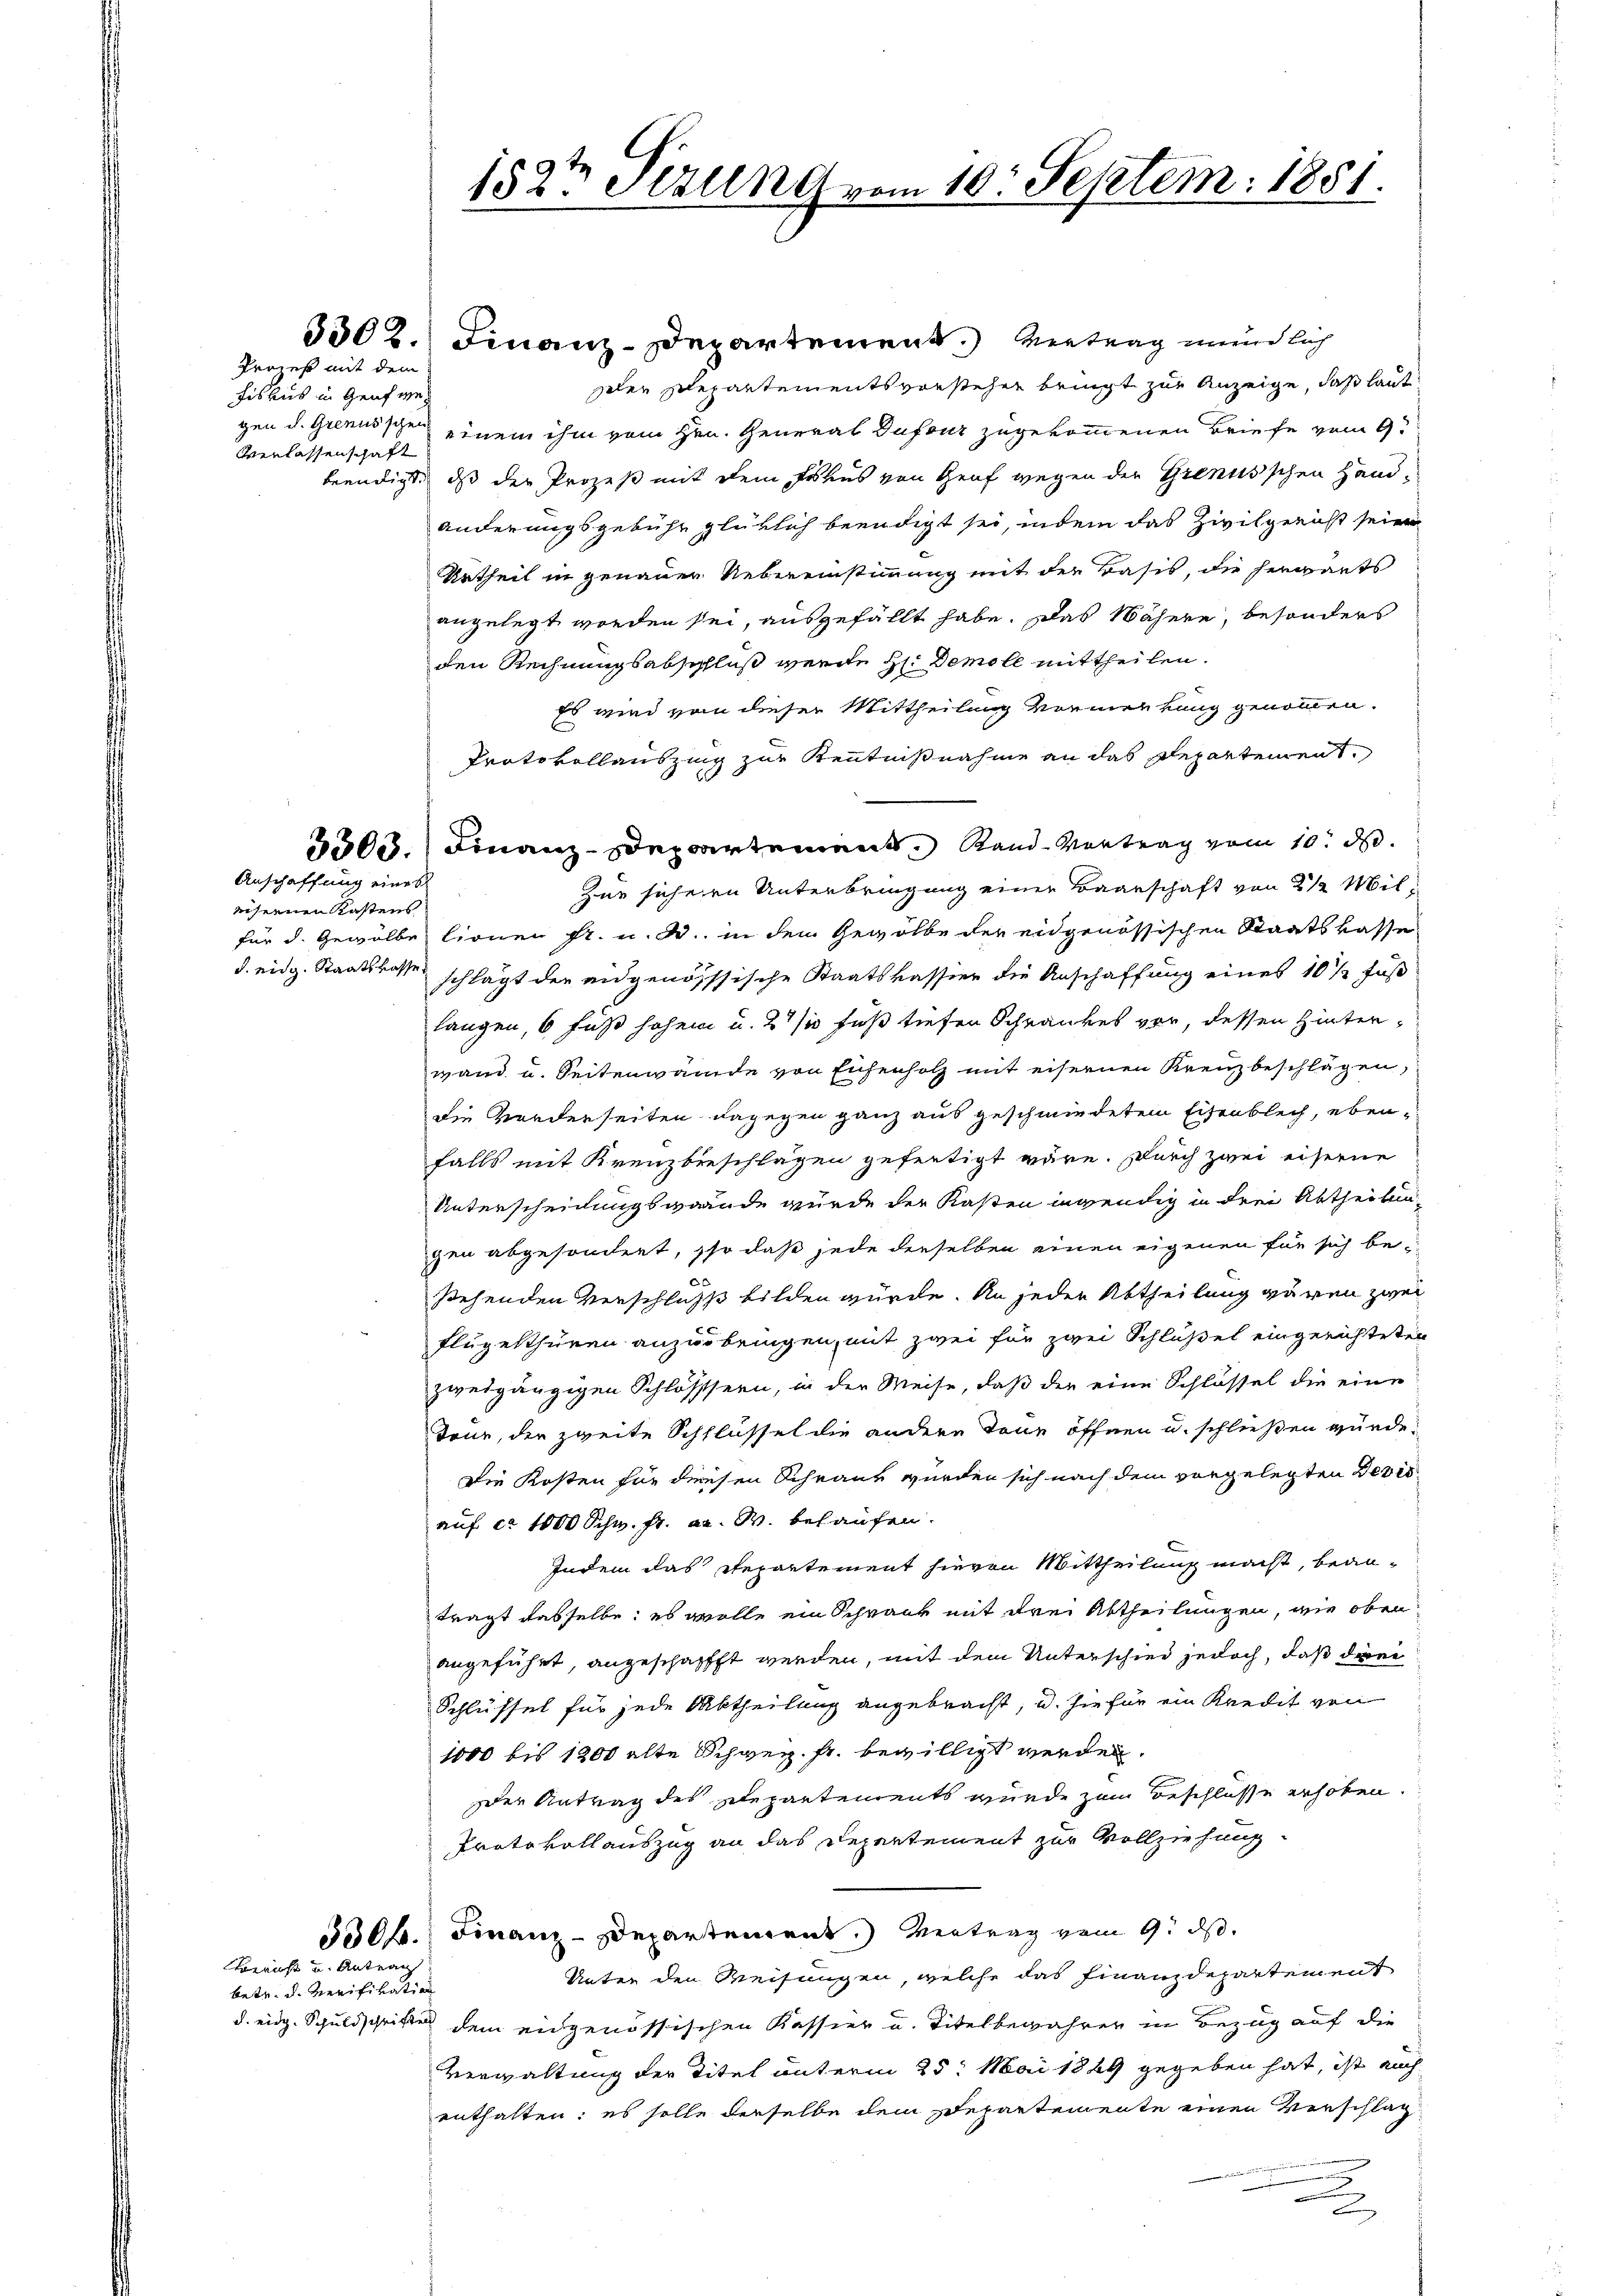
Proieß mit dem
Fiskus in Genf we¬
Verlassenschaft

Anschaffung eines
eisernen Kastens

3302. Finanz-Departement.) Vertrag mündlich
seler pilepartementsvorsteher bringt zur Anzeige, daß laut
gen d. Grenusschen einem ihm vom Hrn. General Dufour zugekommenen Briefe vom 9.
beendigt, dass der Prozeß mit dem Fraus von Graf wegen der Grenusschen Handänderungsgebühr glüklich beendigt sei, indem das Zivilgericht seien
Urtheil in genauen Uebereinstimmung mit der Basis, die herwärts
angelegt worden sei, ausgefällt habe. Das Nähere, besonders
den Rechnungsabschluß werde H. Demole mittheilen.
Es wird von dieser Mittheilung vormerkung genommen.
Protokollauszing zur Kenntnißnahme an das Repartement,
5500. Finanz-Departement, Rand-Vortrag vom 10. d.
Zur sicheren Unterbringung einer Baarschaft von 2 1/2 Milfür d. Gewölbe lionen Fr. u. dr. in dem Gewölbe der eidgenössischen Staatskasse
d. eidg. Staatskasse schlägt der eidgenössische Staatskassier die Anschaffung eines 10 1/2 Fuß
langen, 6 Fuß hohem u. 21 Fuß tiefen Schrankes vor, dessen Hinterwand u. Seitenwande von Eisenholz mit eisernen Kreuzbeschlägen,
die Borderseiten dagegen ganz aus geschmiedetem Eisenblech, ebenfalls mit Kreuzbeeschlägen gefertigt wäre. Durch zwei eiserne
Unterscheidungswände wurde der Kasten inwendig in drei Abtheilun
gen abgesondert, so daß jede derselben einen eigenen für sich be-
stehenden Verschlichs bilden würde. An jeder Abtheilung wären zwei
flügelthüren anzubringen, mit zwei für zwei Schlüßel eingerichteten
zwergängigen Schlösssern, in der Weise, daß die eine Schlüssel die eine
Teur, der zweite Schlüssel die andere Tone öffnen u. schließen würde.
Die Kosten für diesen Schrank wurden sich nach dem vorgelegten Devis
auf ca 1000 Schw. Fr. a. W. belaufen.
Indem das Repartement hievon Mittheilung macht, beanträgt dasselbe; es wolle ein Schrank mit drei Abtheilungen, wie oben
angeführt, angeschafft werden, mit dem Unterschied jedoch, daß drei
Schlüssel für jede Abtheilung angebracht, u. sie für ein Kredit von
1000 bis 1200 alte Schweiz. fr. bewilligt werden.
der Antrag des Departements wurde zum Beschlüsse erhoben.
Protokollauszug an das Departement zur Vollziehung
330 f. Finanz-Departement.) Vertrag vom 9. ds.
Unter den Weisungen, welche das Finanzdepartement
d. eidg. Schuldschritten dem eidgenössischen Kassier u. Titel bewahrer in Bezug auf die
Verwaltung der Titel unterm 25. Mai 1889 gegeben hat, ist auch
enthalten: es solle derselbe dem Departemente einen Verschlag
.

Bericht und Antrag
betr. d. Merifikation

1823 Sezung vom 10. Septem. 1881.